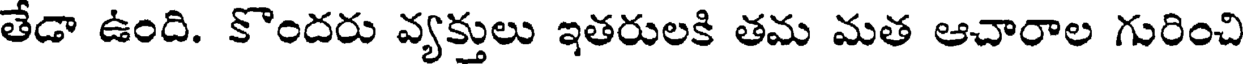
తేడా ఉంది. కొందరు వ్యక్తులు ఇతరులకి తమ మత ఆచారాల గురించి